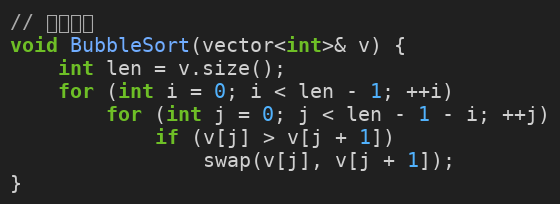
Language: C
// 冒泡排序
void BubbleSort(vector<int>& v) {
	int len = v.size();
	for (int i = 0; i < len - 1; ++i)
		for (int j = 0; j < len - 1 - i; ++j)
			if (v[j] > v[j + 1])
				swap(v[j], v[j + 1]);
}